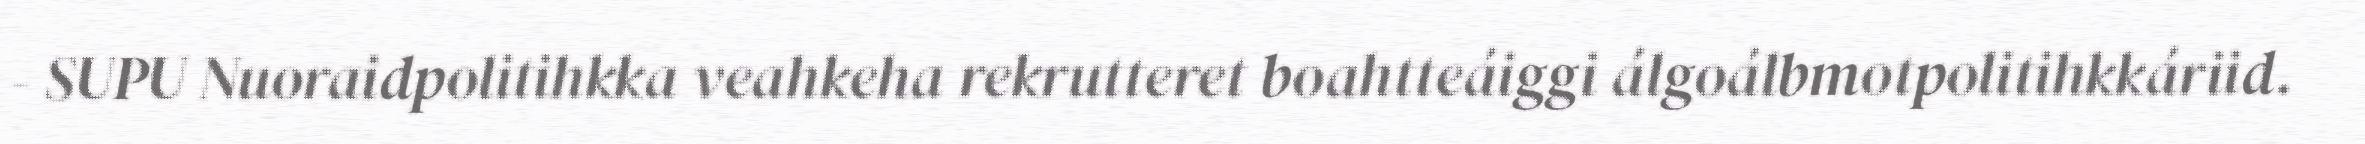
- SUPU Nuoraidpolitihkka veahkeha rekrutteret boahtteáiggi álgoálbmotpolitihkkáriid.